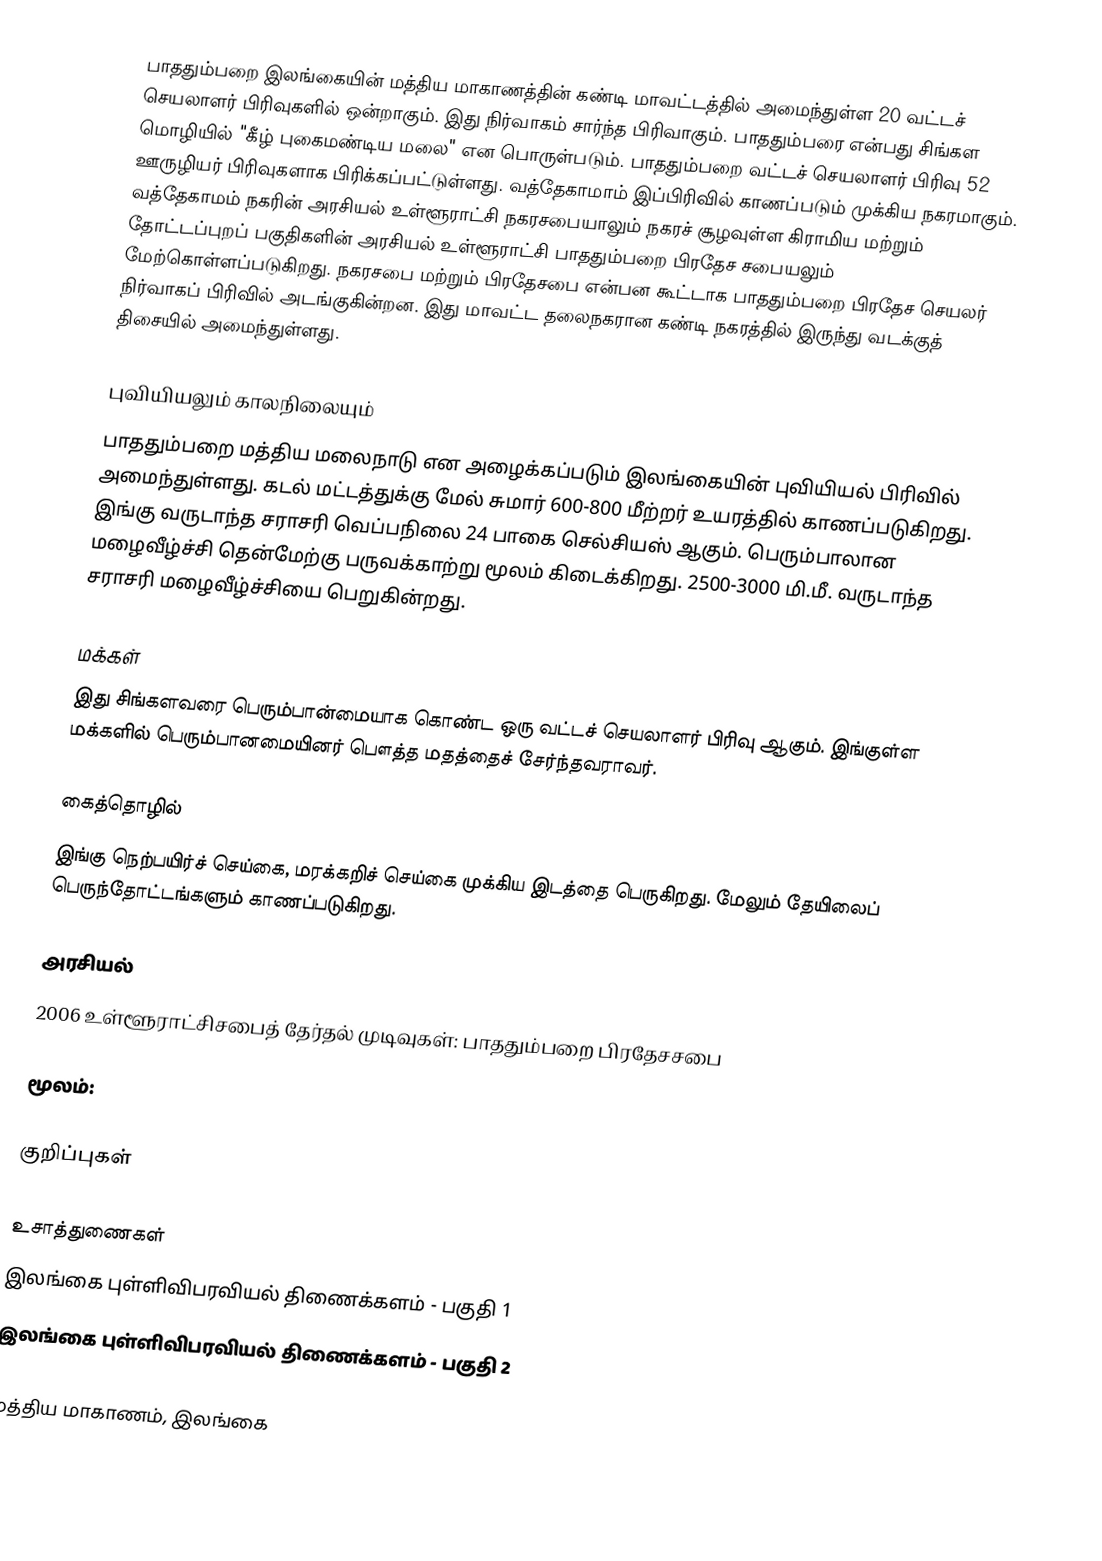
பாததும்பறை இலங்கையின் மத்திய மாகாணத்தின் கண்டி மாவட்டத்தில் அமைந்துள்ள 20 வட்டச் செயலாளர் பிரிவுகளில் ஒன்றாகும். இது நிர்வாகம் சார்ந்த பிரிவாகும். பாததும்பரை என்பது சிங்கள மொழியில் "கீழ் புகைமண்டிய மலை" என பொருள்படும். பாததும்பறை வட்டச் செயலாளர் பிரிவு 52 ஊருழியர் பிரிவுகளாக பிரிக்கப்பட்டுள்ளது. வத்தேகாமாம் இப்பிரிவில் காணப்படும் முக்கிய நகரமாகும்.  வத்தேகாமம் நகரின் அரசியல் உள்ளூராட்சி நகரசபையாலும்  நகரச் சூழவுள்ள கிராமிய மற்றும் தோட்டப்புறப் பகுதிகளின் அரசியல் உள்ளூராட்சி பாததும்பறை பிரதேச சபையலும் மேற்கொள்ளப்படுகிறது.  நகரசபை மற்றும் பிரதேசபை என்பன கூட்டாக பாததும்பறை பிரதேச செயலர் நிர்வாகப் பிரிவில் அடங்குகின்றன. இது மாவட்ட தலைநகரான கண்டி நகரத்தில் இருந்து  வடக்குத் திசையில்  அமைந்துள்ளது.

புவியியலும் காலநிலையும்
பாததும்பறை  மத்திய மலைநாடு என அழைக்கப்படும்  இலங்கையின் புவியியல் பிரிவில் அமைந்துள்ளது. கடல் மட்டத்துக்கு மேல் சுமார் 600-800 மீற்றர்  உயரத்தில் காணப்படுகிறது. இங்கு வருடாந்த சராசரி வெப்பநிலை 24 பாகை செல்சியஸ் ஆகும். பெரும்பாலான மழைவீழ்ச்சி தென்மேற்கு பருவக்காற்று மூலம் கிடைக்கிறது. 2500-3000 மி.மீ. வருடாந்த சராசரி மழைவீழ்ச்சியை பெறுகின்றது.

மக்கள்
இது சிங்களவரை பெரும்பான்மையாக கொண்ட ஒரு வட்டச் செயலாளர் பிரிவு ஆகும். இங்குள்ள மக்களில் பெரும்பானமையினர் பௌத்த மதத்தைச் சேர்ந்தவராவர்.

கைத்தொழில்
இங்கு நெற்பயிர்ச் செய்கை, மரக்கறிச் செய்கை முக்கிய இடத்தை பெருகிறது. மேலும் தேயிலைப் பெருந்தோட்டங்களும் காணப்படுகிறது.

அரசியல்
2006　உள்ளூராட்சிசபைத்　தேர்தல்　முடிவுகள்:　பாததும்பறை பிரதேசசபை

மூலம்:

குறிப்புகள்

உசாத்துணைகள்
 இலங்கை புள்ளிவிபரவியல் திணைக்களம் - பகுதி 1
 இலங்கை புள்ளிவிபரவியல் திணைக்களம் - பகுதி 2

மத்திய மாகாணம், இலங்கை